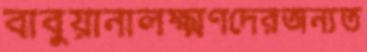
বাবুয়ানালক্ষ্মণদেরঅন্যত